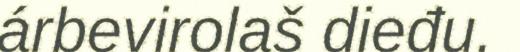
árbevirolaš dieđu.